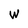
Character: W